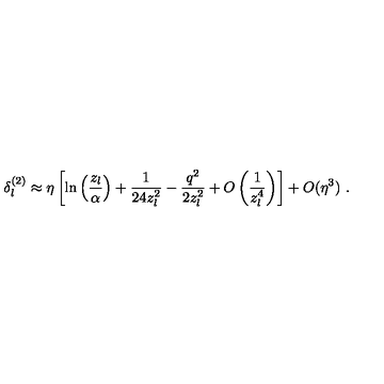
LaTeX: \delta _ { l } ^ { ( 2 ) } \approx \eta \left[ \ln \left( \frac { z _ { l } } \alpha \right) + \frac 1 { 2 4 z _ { l } ^ { 2 } } - \frac { q ^ { 2 } } { 2 z _ { l } ^ { 2 } } + O \left( \frac 1 { z _ { l } ^ { 4 } } \right) \right] + O ( \eta ^ { 3 } ) \ .